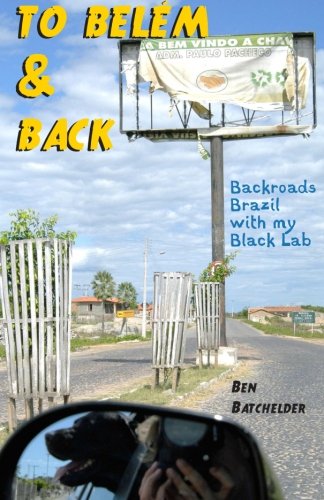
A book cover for To BelÃ©m & Back: Backroads Brazil with my Black Lab; Ben Batchelder; Travel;